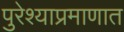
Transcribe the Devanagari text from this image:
पुरेश्याप्रमाणात